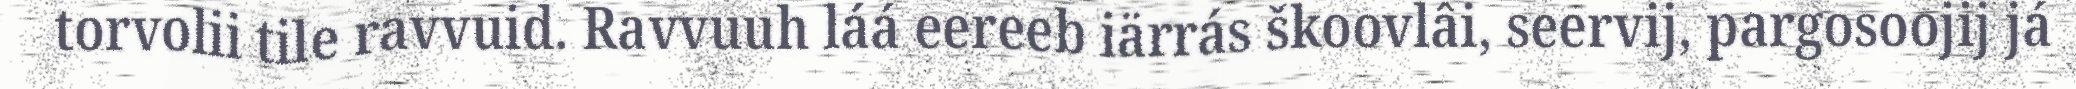
torvolii tile ravvuid. Ravvuuh láá eereeb iärrás škoovlâi, seervij, pargosoojij já